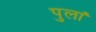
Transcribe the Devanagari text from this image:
पुलां